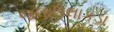
જલાઉલાકડા